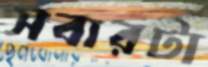
সবারটা